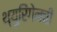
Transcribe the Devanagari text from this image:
थ्युरिंगेनची